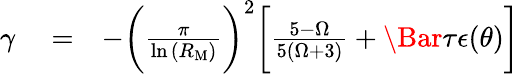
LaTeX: \begin{array}{rlr}{\gamma}&{{}=}&{-\bigg(\frac{\pi}{\ln{(R_{\mathrm{M}})}}\bigg)^{2}\bigg[\frac{5-\Omega}{5(\Omega+3)}+\Bar{\tau}\epsilon(\theta)\bigg]}\end{array}